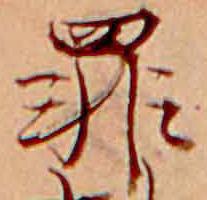
罪